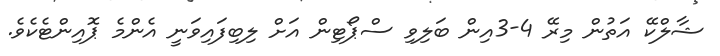
ޝާލްކޭ އަތުން މިރޭ 4-3އިން ބަލިވި ސްޕޯޓިން އަށް ލިބިފައިވަނީ އެންމެ ޕޮއިންޓެކެވެ.